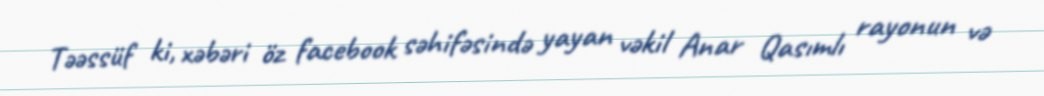
Təəssüf ki, xəbəri öz facebook səhifəsində yayan vəkil Anar Qasımlı rayonun və